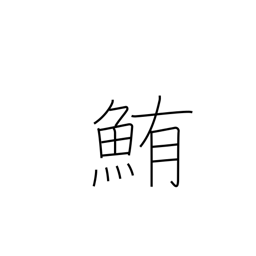
Meaning: tuna